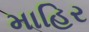
માહિર